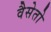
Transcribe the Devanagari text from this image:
वैसेतो